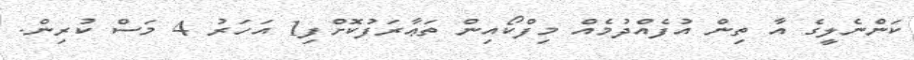
ކަންނެލީގެ އާ ތިން އުފެއްދުމެއް މިފްކޯއިން ތަޢާރަފުކޮށްފި1 އަހަރު 4 މަސް ކުރިން.